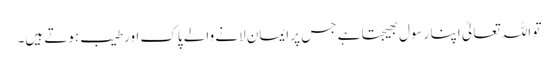
تو اللہ تعالیٰ اپنا رسول بھیجتا ہے جس پر ایمان لانے والے پاک اور طیب ہوتے ہیں۔